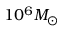
1 0 ^ { 6 } M _ { \odot }